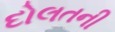
દોલતની